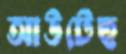
আউটেছ